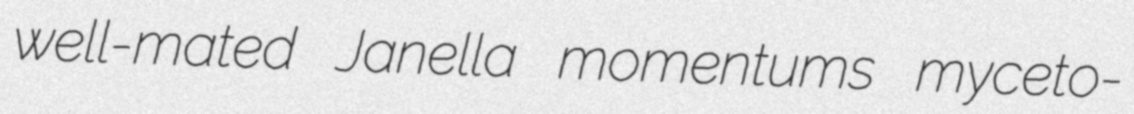
well-mated Janella momentums myceto-